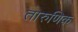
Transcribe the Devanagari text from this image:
तारुणिक